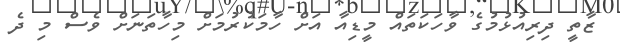
ޒާތީ ދިރިއުޅުމުގެ ވާހަކަތައް މީޑިއާ އަށް ހާމަކުރުމަށް މިހާތަނަށް ވެސް މި ދެ